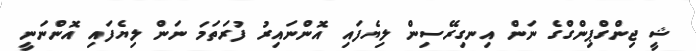
ޝީ ޖިންގްޕިންގްގެ ނަން އިނގިރޭސިން ލިޔެފައި އޮންނައިރު ފުރަތަމަ ނަން ލިޔެފައި އޮންނަނީ